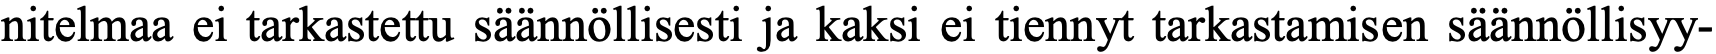
nitelmaa ei tarkastettu säännöllisesti ja kaksi ei tiennyt tarkastamisen säännöllisyy-